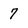
Character: 7